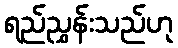
ရည်ညွှန်းသည်ဟု